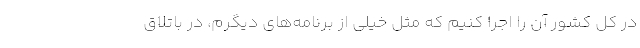
در کل کشور آن را اجرا کنیم که مثل خیلی از برنامه‌‌های دیگرم، در باتلاق